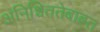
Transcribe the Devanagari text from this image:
अनिश्चिततेबाबत